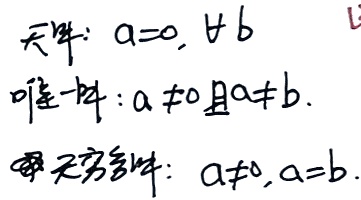
无解：\(a = 0,\ b\neq0\)
唯一解：\(a\neq0且a\neq b\).
有无穷多解：\(a\neq0,a = b\).